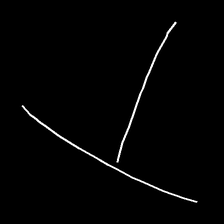
Glyph: column